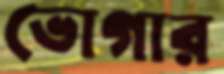
ভোগার